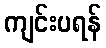
ကျင်းပရန်